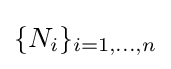
\{N_{i}\}_{i=1,\dots ,n}